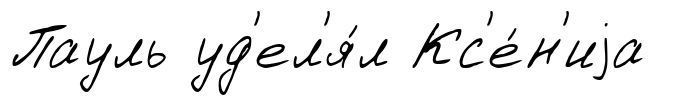
Пауль уд'ел'я́л Кс'е́н'иjа